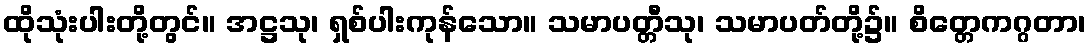
ထိုသုံးပါးတို့တွင်။ အဋ္ဌသု၊ ရှစ်ပါးကုန်သော။ သမာပတ္တီသု၊ သမာပတ်တို့၌။ စိတ္တေကဂ္ဂတာ၊